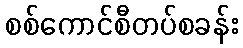
စစ်ကောင်စီတပ်စခန်း